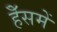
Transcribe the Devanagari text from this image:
हॅेसमें